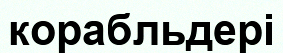
корабльдері